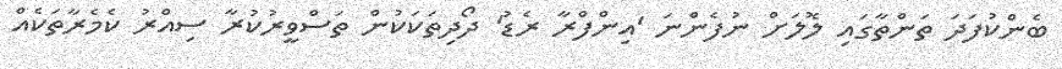
ބެންކުފަދަ ތަންތާގައި ލޮލަށް ނުފެންނަ 'އިންފްރާ ރެޑު' ދޯދިތަކަކުން ތަސްވީރުކުރާ ސިއްރު ކެމެރާތަކެއް